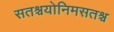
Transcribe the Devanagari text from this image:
सतश्चयोनिमसतश्च